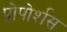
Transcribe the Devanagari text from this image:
प्रोपोर्शस